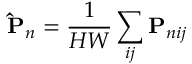
\mathbf { \hat { P } } _ { n } = \frac { 1 } { H W } \sum _ { i j } \mathbf { P } _ { n i j }